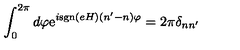
\int _ { 0 } ^ { 2 \pi } d \varphi \mathrm { e } ^ { i \mathrm { s g n } ( e H ) ( n ^ { \prime } - n ) \varphi } = 2 \pi \delta _ { n n ^ { \prime } }